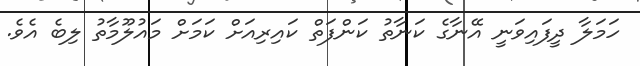
ހަމަލާ ދީފައިވަނީ އޭނާގެ ކަނާތު ކަންފަތް ކައިރިއަށް ކަމަށް މައުލޫމާތު ލިބެ އެވެ.